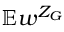
\mathbb { E } w ^ { Z _ { G } }